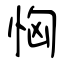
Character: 恟